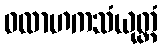
ဝလာဟကသံယုတ္တံ